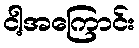
ငါ့အကြောင်း